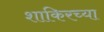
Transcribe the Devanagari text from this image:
शाकिरच्या